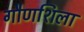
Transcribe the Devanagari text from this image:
गौणशिला